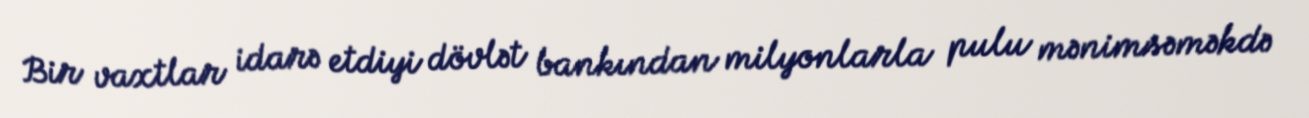
Bir vaxtlar idarə etdiyi dövlət bankından milyonlarla pulu mənimsəməkdə